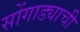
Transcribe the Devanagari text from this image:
सोंगाड्याची